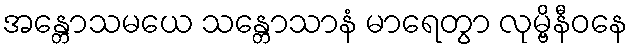
အန္တောသမယေ သန္တောသာနံ မာရေတွာ လုမ္ဗိနီဝနေ